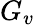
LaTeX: G_{v}